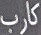
كارب